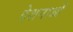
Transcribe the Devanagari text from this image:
देशनाओं